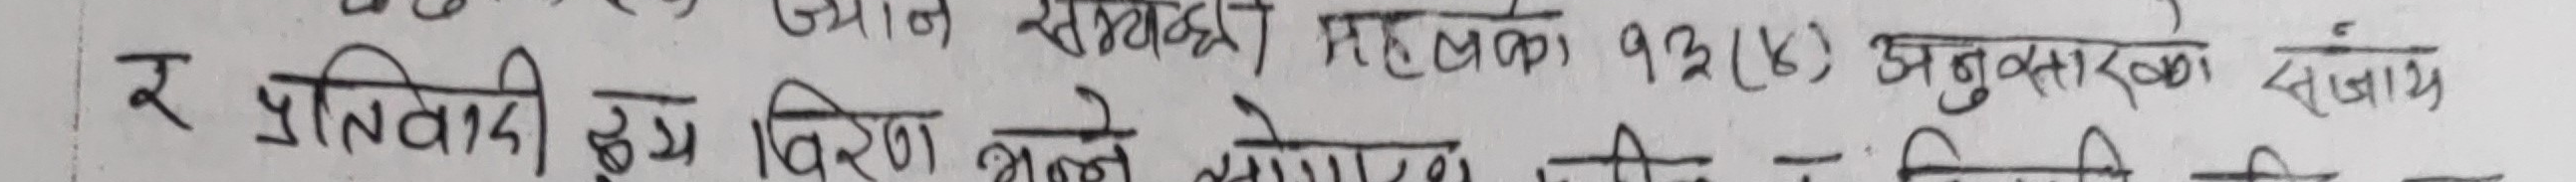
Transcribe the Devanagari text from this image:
र प्रतिबादी हमि बिचको लेनदेनको बिषयमा बिभिति,